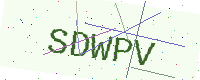
Text: SDWPV